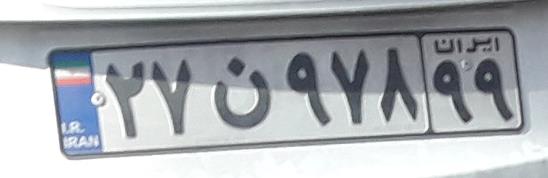
۲۷ن۹۷۸۹۹